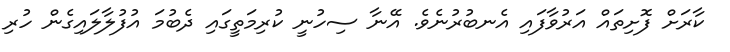
ކާރަށް ފޮށިތައް އަރުވާފައި އެނބުރުނެވެ. އޭނާ ސިހުނީ ކުރިމަތީގައި ދެބުމަ އުފުލާލައިގެން ހުރި